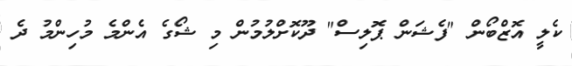
ކެލީ އޮޒްބޯން "ފެޝަން ޕޮލިސް" ދޫކޮށްލުމުން މި ޝޯގެ އެންމެ މުހިންމު ދެ